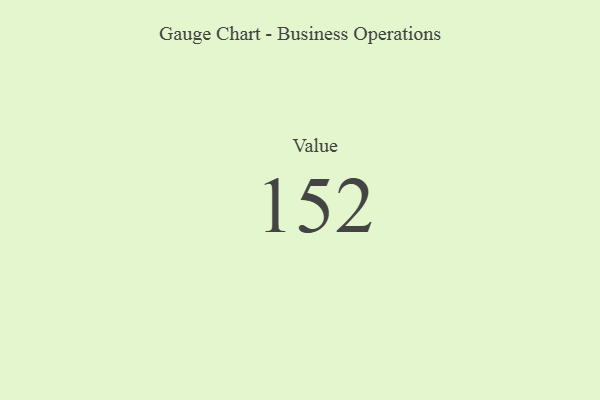
{"axis": {"x": "Metric", "y": "Value"}, "legend": [""], "data": [{"x": "Value", "y": 152, "type": ""}]}